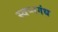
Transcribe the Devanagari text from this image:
स्वप्नगंध